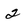
Character: 2